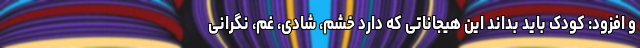
و افزود: کودک باید بداند این هیجاناتی که دارد خشم، شادی، غم، نگرانی